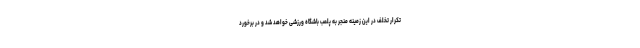
تکرار تخلف در این زمینه منجر به پلمب باشگاه ورزشی خواهد شد و در برخورد